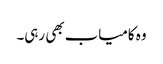
وہ کامیاب بھی رہی۔